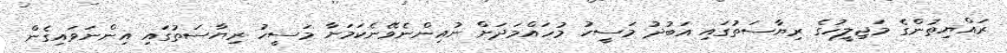
ރައްޔިތުންގެ މަޖިލީހުގެ ރިޔާސަތުގައި އަބުދު މަސީހު މުހައްމަދަށް ނުއިންނެވޭނެކަމަށާ މަސީހު ރިޔާސަތުގައި އިންނަވައިގެން